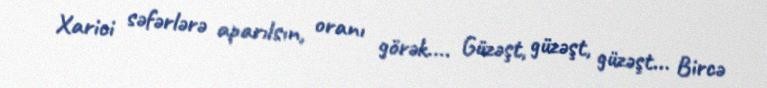
Xarici səfərlərə aparılsın, oranı görək.... Güzəşt, güzəşt, güzəşt... Bircə